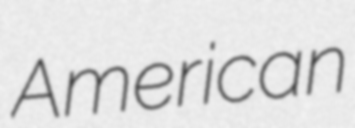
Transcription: American